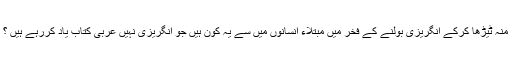
منہ ٹیڑھا کرکے انگریزی بولنے کے فخر میں مبتلاء انسانوں میں سے یہ کون ہیں جو انگریزی نہیں عربی کتاب یاد کررہے ہیں ؟